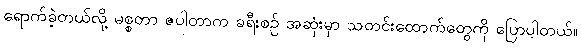
ရောက်ခဲ့တယ်လို့ မစ္စတာ ဇပါတာက ခရီးစဉ် အဆုံးမှာ သတင်းထောက်တွေကို ပြောပါတယ်။